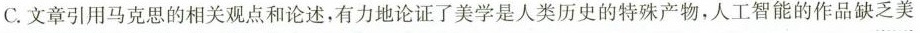
C.文章引用马克思的相关观点和论述，有力地论证了美学是人类历史的特殊产物，人工智能的作品缺乏美